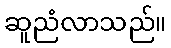
ဆူညံလာသည်။